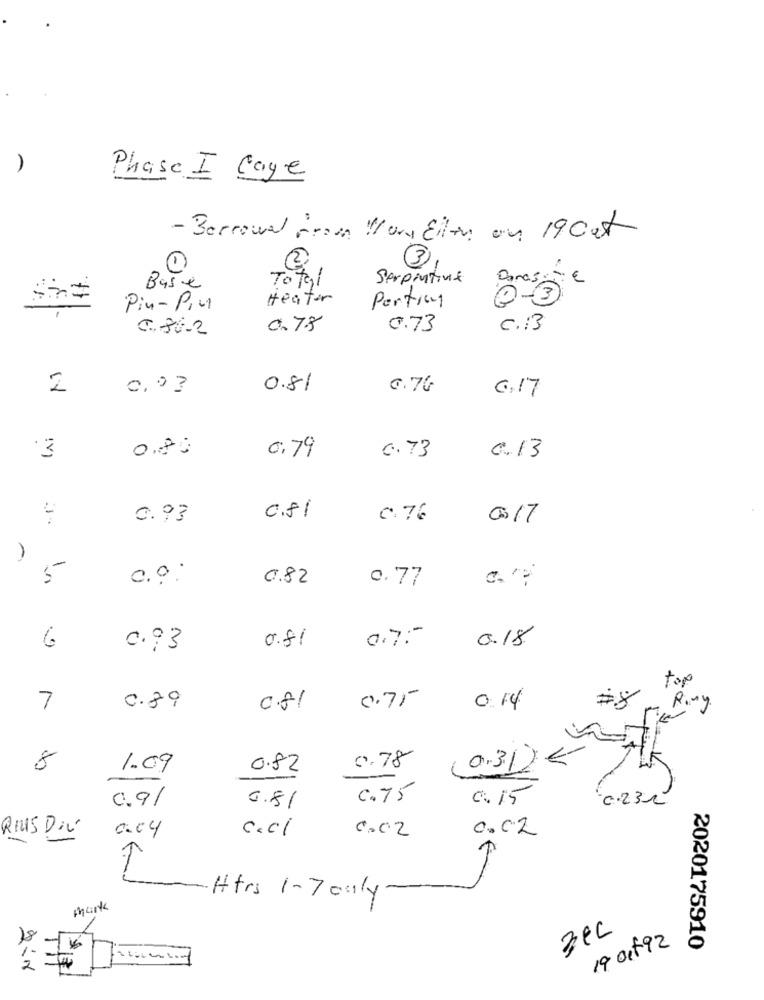
)
Phase I caye
- Borrowed From / ony Eller on 19 cat
2
Total
Serpintivie
Doras:
€
Base
Heater
Porting
0-3
Pin-Pin
C.86-2
0.7.3
0.73
c.13
2
0,03
0.81
0.76
0.17
0.80
0.73
3
0.79
0.13
0.93
0.81
0.76
0017
1
C.º :
0.82
0.77
0.81
0.7 :-
6
0.93
0.18
top
7
0.89
0.81
0.75
0.14
8
0.78
1.09
0.82
(0.31) {
0.9/
c.75
0.15
0.23
0.81
0.04
c.cl
0.02
0.02
RIUS DIE
€-
Htrs 1-7 only
mark
3ec
19 Oct 92
2020175910
2